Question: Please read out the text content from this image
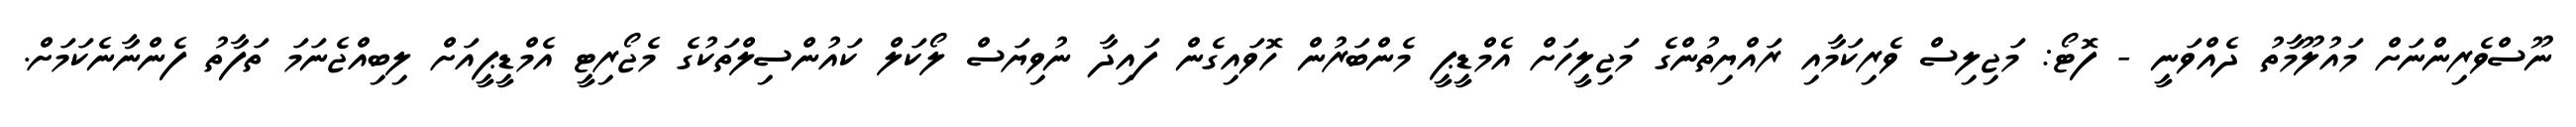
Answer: ނޫސްވެރިންނަށް މައުލޫމާތު ދެއްވަނީ - ފޮޓޯ: މަޖިލިސް ވެރިކަމާއި ރައްޔިތުންގެ މަޖިލީހަށް އެމްޑީޕީ މެންބަރުން ހޮވައިގެން ފައިދާ ނުވިޔަސް ލޯކަލް ކައުންސިލްތަކުގެ މެޖޯރިޓީ އެމްޑީޕީއަށް ލިބިއްޖެނަމަ ތަފާތު ފެންނާނެކަމަށް.